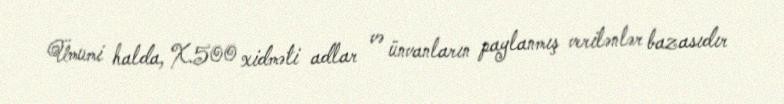
Ümumi halda, X.500 xidməti adlar və ünvanların paylanmış verilənlər bazasıdır